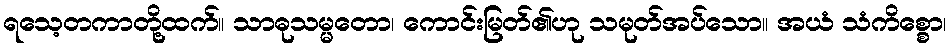
ရသေ့တကာတို့ထက်။ သာဓုသမ္မတော၊ ကောင်းမြတ်၏ဟု သမုတ်အပ်သော။ အယံ သံကိစ္စော၊